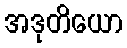
အဒုတိယော